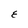
Character: E